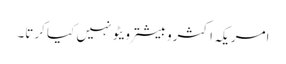
امریکہ اکثروبیشتر ویٹو نہیں کیا کرتا۔